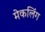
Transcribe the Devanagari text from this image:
मेकलिंग